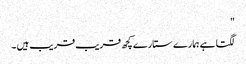
"
لگتا ہے ہمارے ستارے کچھ قریب قریب ہیں ۔